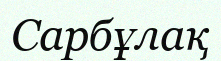
Сарбұлақ